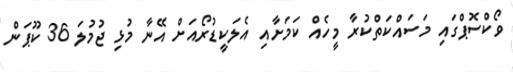
ވޯކްސޮޕްގައި މަސައްކަތްކުރާ މީހެއް ކަމަށާއި އެލަކީޑުރޯއަށް އޭނާ މުޅި ޖުމުލަ 36 ކޫޕަން